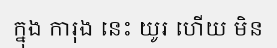
ក្នុង ការុង នេះ យូរ ហើយ មិន